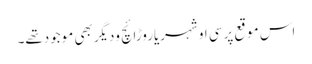
اس موقع پرسی او شہریاروڑائچ ودیگربھی موجودتھے۔